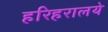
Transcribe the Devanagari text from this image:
हरिहरालये